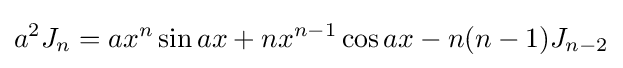
a^{2}J_{n}=ax^{n}\sin {ax}+nx^{n-1}\cos {ax}-n(n-1)J_{n-2}\,\!